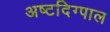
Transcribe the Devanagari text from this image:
अष्टदिग्पाल